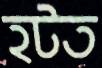
হটত